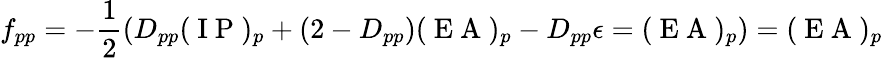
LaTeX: f_{pp}=-\frac{1}{2}\left(D_{pp}(\mathrm{~I~P~})_{p}+(2-D_{pp})(\mathrm{~E~A~})_{p}-D_{pp}\epsilon=(\mathrm{~E~A~})_{p}\right)=(\mathrm{~E~A~})_{p}